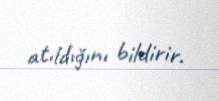
atıldığını bildirir.